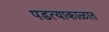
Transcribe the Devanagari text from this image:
पडत्याकाळात